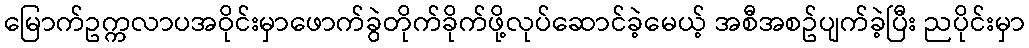
မြောက်ဥက္ကလာပအဝိုင်းမှာဖောက်ခွဲတိုက်ခိုက်ဖို့လုပ်ဆောင်ခဲ့မေယ့် အစီအစဥ်ပျက်ခဲ့ပြီး ညပိုင်းမှာ